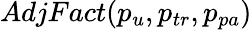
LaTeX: AdjFact(p_{u},p_{tr},p_{pa})